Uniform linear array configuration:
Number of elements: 32
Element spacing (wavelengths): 0.5
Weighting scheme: binomial
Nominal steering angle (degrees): -30
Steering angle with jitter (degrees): -30.272
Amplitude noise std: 0.05
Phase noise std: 0.05

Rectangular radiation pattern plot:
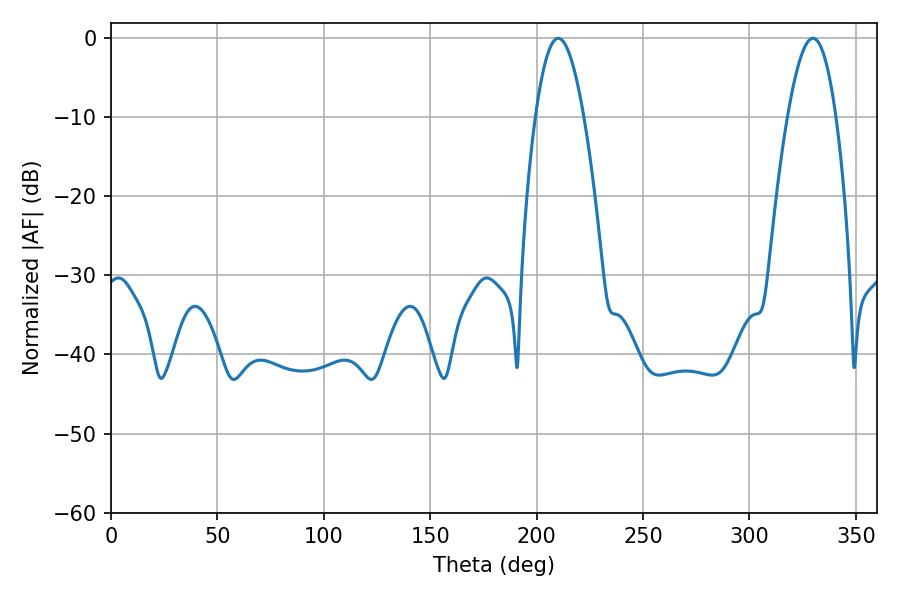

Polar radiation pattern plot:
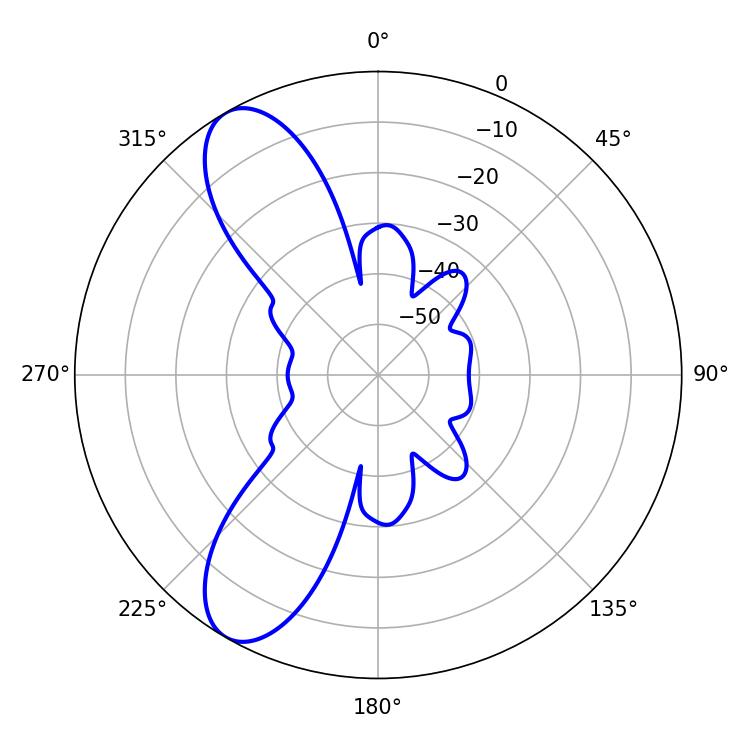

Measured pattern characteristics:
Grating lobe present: FALSE
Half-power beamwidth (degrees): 12.42
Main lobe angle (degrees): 210.24